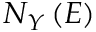
N _ { Y } \left( E \right)